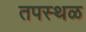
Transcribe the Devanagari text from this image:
तपस्थळ